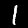
Label: 1